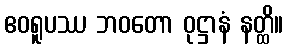
ဧဝရူပဿ ဘဝတော ဝုဋ္ဌာနံ နတ္ထိ။